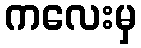
ကလေးမှ